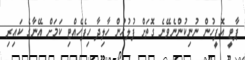
ޕާޓީ އޮފީހުން ނުނިކުންނެވޭނެ ގޮތަށް ފުލުހުން ހާލިދާ ހިފެހެއްޓި ކަމަށް އޭނާގެ ކައިރި